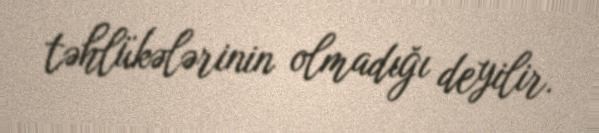
təhlükələrinin olmadığı deyilir.